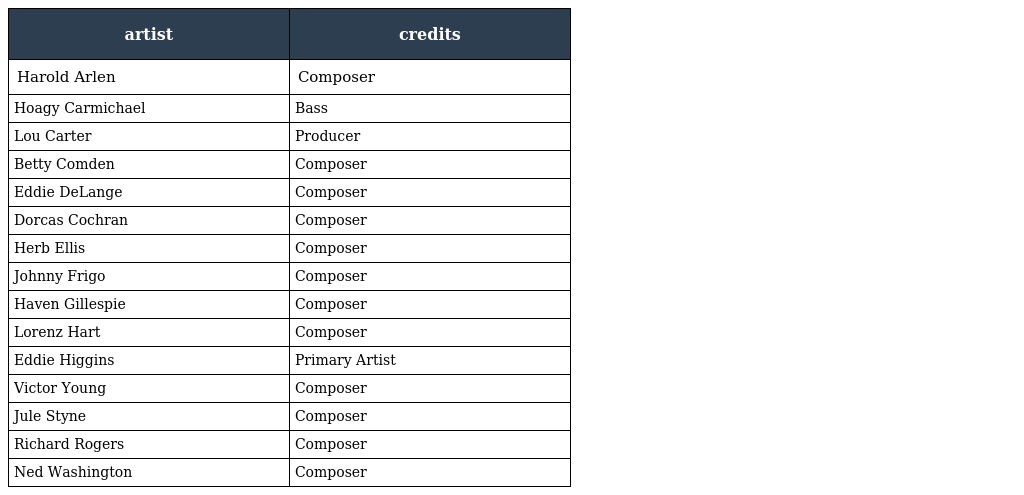
| artist | credits |
 | --- | --- |
 | Harold Arlen | Composer |
 | Hoagy Carmichael | Bass |
 | Lou Carter | Producer |
 | Betty Comden | Composer |
 | Eddie DeLange | Composer |
 | Dorcas Cochran | Composer |
 | Herb Ellis | Composer |
 | Johnny Frigo | Composer |
 | Haven Gillespie | Composer |
 | Lorenz Hart | Composer |
 | Eddie Higgins | Primary Artist |
 | Victor Young | Composer |
 | Jule Styne | Composer |
 | Richard Rogers | Composer |
 | Ned Washington | Composer |